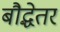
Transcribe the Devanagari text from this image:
बौद्धेतर